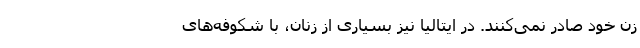
زن خود صادر نمی‌کنند. در ایتالیا نیز بسیاری از زنان، با شکوفه‌های